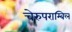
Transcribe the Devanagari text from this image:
चेरुपराम्बिल